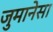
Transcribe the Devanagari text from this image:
जुमानेसा